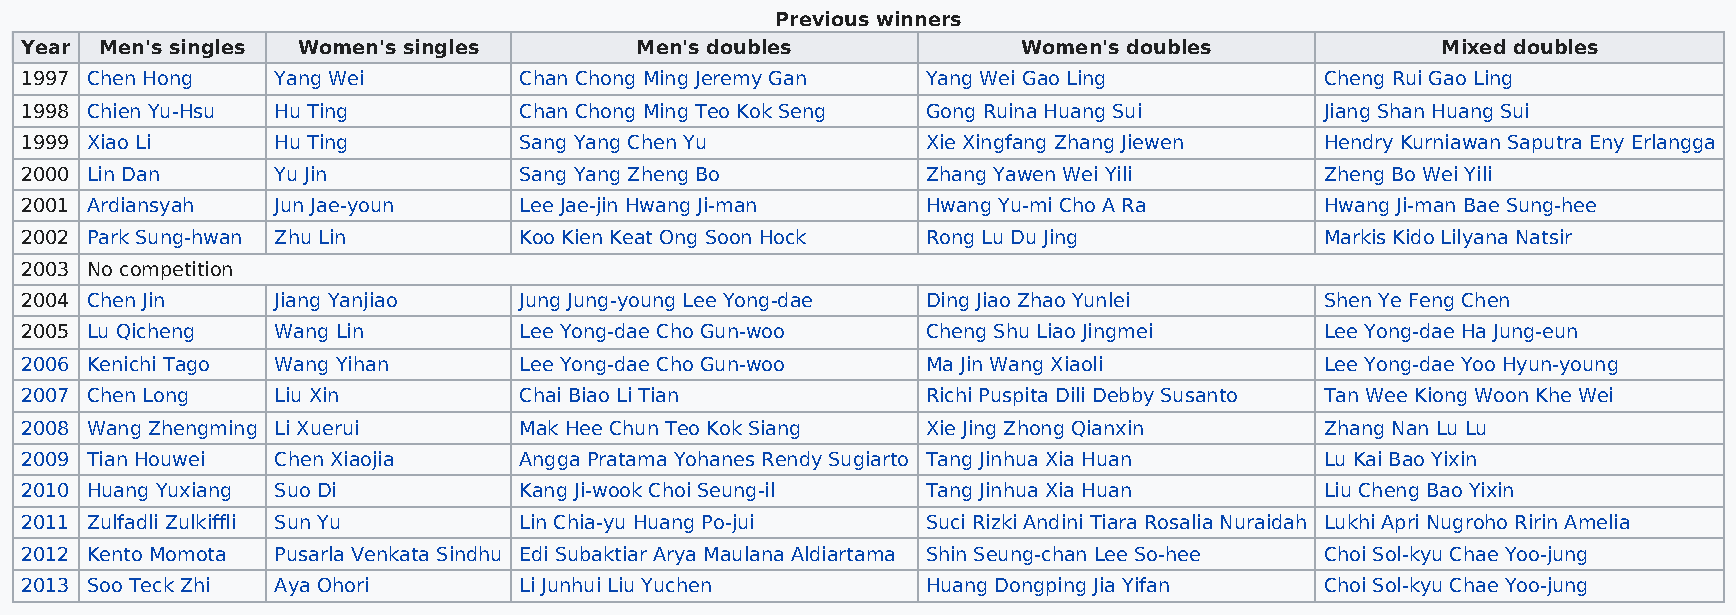
Previous winners
 Year  Men's singles Women's singles      Men's doubles             Women's doubles            Mixed doubles
 1997 Chen Hong   Yang Wei        Chan Chong Ming Jeremy Gan Yang Wei Gao Ling          Cheng Rui Gao Ling
 1998 Chien Yu-Hsu Hu Ting        Chan Chong Ming Teo Kok Seng Gong Ruina Huang Sui     Jiang Shan Huang Sui
 1999 Xiao Li     Hu Ting         Sang Yang Chen Yu          Xie Xingfang Zhang Jiewen  Hendry Kurniawan Saputra Eny Erlangga
 2000 Lin Dan     Yu Jin          Sang Yang Zheng Bo         Zhang Yawen Wei Yili       Zheng Bo Wei Yili
 2001 Ardiansyah  Jun Jae-youn    Lee Jae-jin Hwang Ji-man   Hwang Yu-mi Cho A Ra       Hwang Ji-man Bae Sung-hee
 2002 Park Sung-hwan Zhu Lin      Koo Kien Keat Ong Soon Hock Rong Lu Du Jing           Markis Kido Lilyana Natsir
 2003 No competition
 2004 Chen Jin    Jiang Yanjiao   Jung Jung-young Lee Yong-dae Ding Jiao Zhao Yunlei    Shen Ye Feng Chen
 2005 Lu Qicheng  Wang Lin        Lee Yong-dae Cho Gun-woo   Cheng Shu Liao Jingmei     Lee Yong-dae Ha Jung-eun
 2006 Kenichi Tago Wang Yihan     Lee Yong-dae Cho Gun-woo   Ma Jin Wang Xiaoli         Lee Yong-dae Yoo Hyun-young
 2007 Chen Long   Liu Xin         Chai Biao Li Tian          Richi Puspita Dili Debby Susanto Tan Wee Kiong Woon Khe Wei
 2008 Wang Zhengming Li Xuerui    Mak Hee Chun Teo Kok Siang Xie Jing Zhong Qianxin     Zhang Nan Lu Lu
 2009 Tian Houwei Chen Xiaojia    Angga Pratama Yohanes Rendy Sugiarto Tang Jinhua Xia Huan Lu Kai Bao Yixin
 2010 Huang Yuxiang Suo Di        Kang Ji-wook Choi Seung-il Tang Jinhua Xia Huan       Liu Cheng Bao Yixin
 2011 Zulfadli Zulkiffli Sun Yu   Lin Chia-yu Huang Po-jui   Suci Rizki Andini Tiara Rosalia Nuraidah Lukhi Apri Nugroho Ririn Amelia
 2012 Kento Momota Pusarla Venkata Sindhu Edi Subaktiar Arya Maulana Aldiartama Shin Seung-chan Lee So-hee Choi Sol-kyu Chae Yoo-jung
 2013 Soo Teck Zhi Aya Ohori      Li Junhui Liu Yuchen       Huang Dongping Jia Yifan   Choi Sol-kyu Chae Yoo-jung